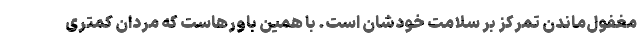
مغفول‌ماندن تمرکز بر سلامت خودشان است. با همین باورهاست که مردان کمتری